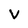
Character: V